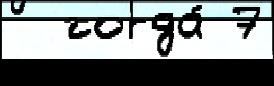
  тогда́ 7